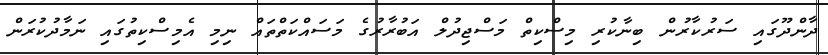
ދާންދޫގައި ސަރުކާރުން ބިނާކުރި މިސްކިތް މަސްޖިދުލް އަބުރާރުގެ މަސައްކަތްތައް ނިމި އެމިސްކިތުގައި ނަމާދުކުރަން